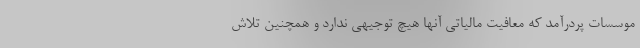
موسسات پردرآمد که معافیت مالیاتی آنها هیچ توجیهی ندارد و همچنین تلاش